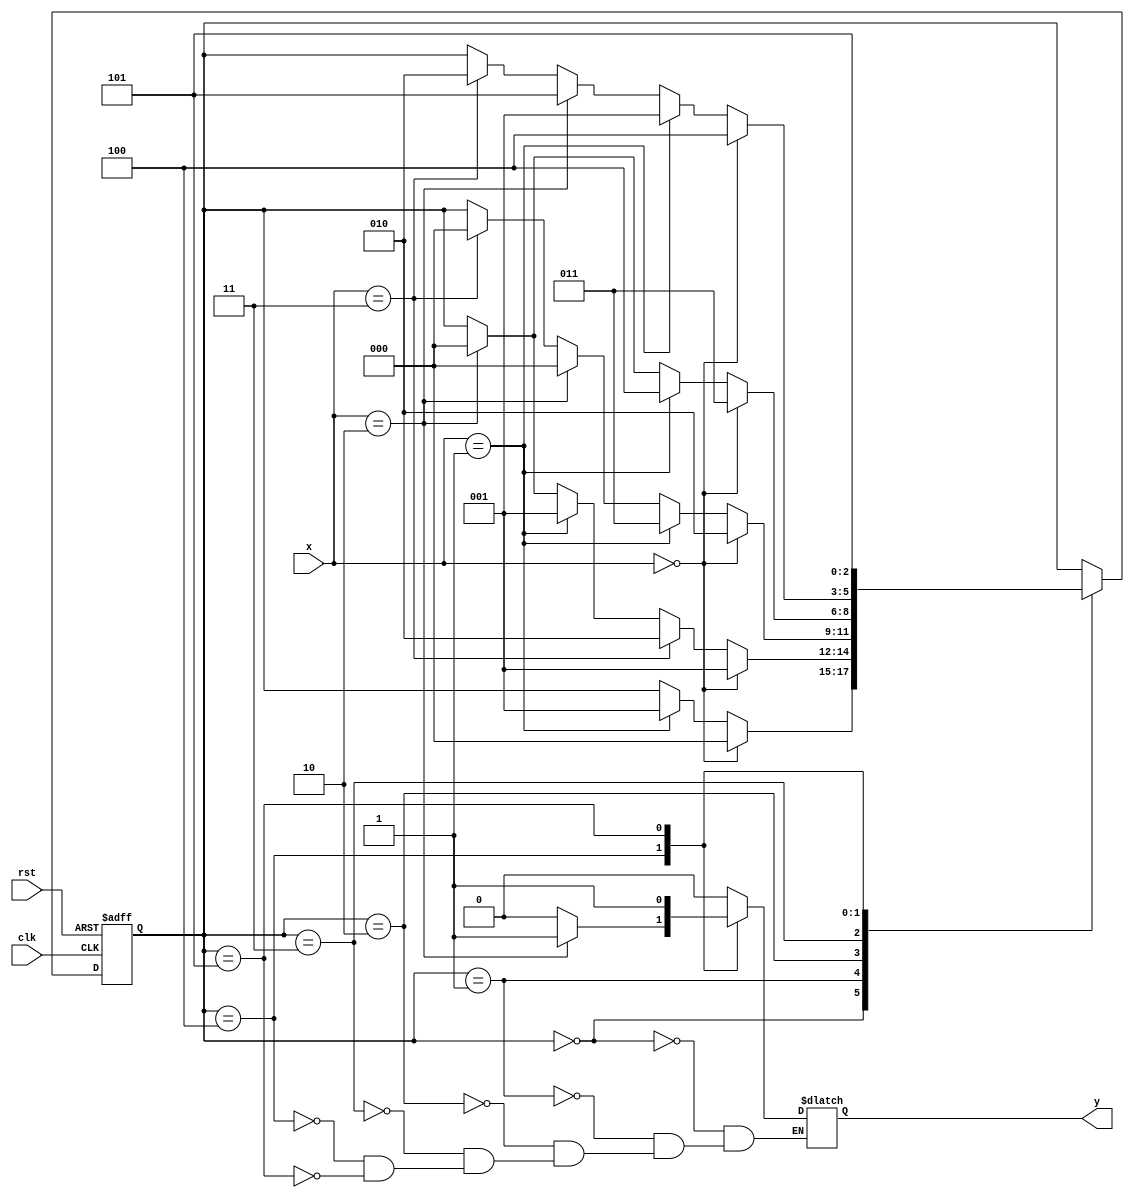
module cofre (x, clk, rst, y);
  input [1:0]x;
  input clk, rst;
    output reg y;
    
    //Registrador de estado
    reg [2:0] state; // 6 estados -> registrador de 3 bits

    //Codificacao dos estados
    parameter a = 3'b000,
              b = 3'b001,
              c = 3'b010,
              d = 3'b011,
              e = 3'b100,
              f = 3'b101;

    //Estado inicial
    initial begin
        state <= a; //porcao sequencial - atribuicao nao bloqueavel
    end

    //primeiro procedimento - estado proximo
    always @(negedge clk, negedge rst) begin
        if(rst == 1'b0) state <= a;
        else begin
            case(state)
                a: begin
                    if(x==2'b00) state <= a;
                    else if(x==2'b01) state <= b;
                end
                //A
                b: begin
                    if(x==2'b00) state <= b;
                    else if(x==2'b11) state <= c;
                    else if(x==2'b01) state <= b;
                    else if(x==2'b10) state <= a;
                end
                //AC
                c: begin
                    if(x==2'b00) state <= c;
                    else if(x==2'b01) state <= d;
                    else if(x==2'b10) state <= a;
                    else if(x==2'b11) state <= a;  
                end
                //ACA
                d: begin
                    if(x==2'b00) state <= d;
                    else if(x==2'b01) state <= e;
                    else if(x==2'b10) state <= a;
                    else if(x==2'b01) state <= c;
                end
                //ACAA
                e: begin
                    if(x==2'b00) state <= e;
                    else if(x==2'b01) state <= b;
                    else if(x==2'b10) state <= f;
                    else if(x==2'b11) state <= c;
                end
                f: begin
                    state <= f;
                end
            endcase
        end
    end

    //segundo procedimento 
    always @(state, x) begin //sensivel a entrada pois eh uma maquina de mealy
        case(state)
            a:begin
                y = 1'b0;
            end
            b:begin
                y = 1'b0;
            end
            c:begin
                y = 1'b0;
            end
            d:begin
                y = 1'b0;
            end
            e:begin
                if(x == 2'b10) y = 1'b1;
                else y = 1'b0;
            end
            f:begin
                y = 1'b1;
            end
        endcase
    end
endmodule